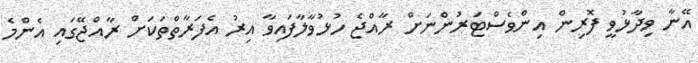
އޭނާ ވިދާޅުވީ ފޮރިން އިންވެސްޓަރުންނަށް ރާއްޖެ ހުޅުވާލާފައިވާ އިރު އެފަރާތްތަކަށް ރާއްޖޭގައި އެންމެ